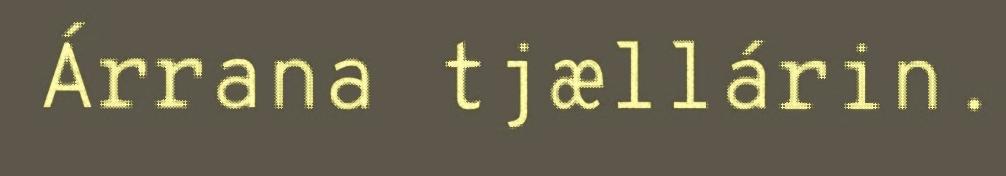
Árrana tjællárin.